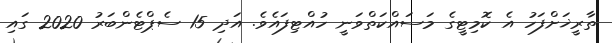
ތާރީޚަށްފަހު އެ ކޮމިޓީގެ މަސައްކަތްވަނީ ހުއްޓިފައެވެ. އަދި 15 ސެޕްޓެންބަރު 2020 ގައި